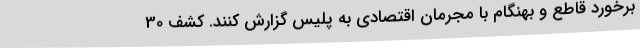
برخورد قاطع و بهنگام با مجرمان اقتصادی به پلیس گزارش کنند. کشف 30